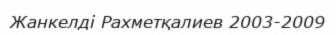
Жанкелді Рахметқалиев 2003-2009